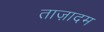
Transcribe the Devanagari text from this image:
ताज़ादम